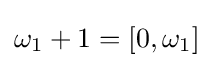
\omega _{1}+1=\left[0,\omega _{1}\right]